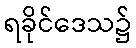
ရခိုင်ဒေသ၌